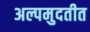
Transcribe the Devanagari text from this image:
अल्पमुदतीत